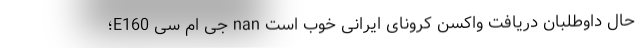
حال داوطلبان دریافت واکسن کرونای ایرانی خوب است nan جِی ام سی E160؛